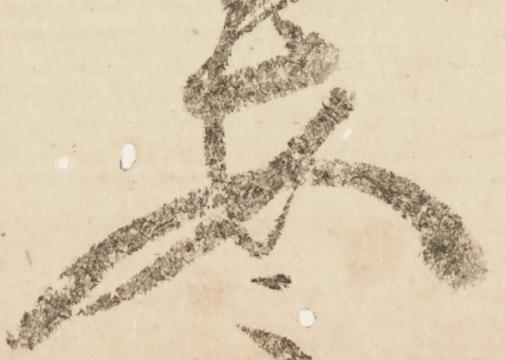
安